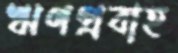
ঋণপ্রবাহ